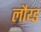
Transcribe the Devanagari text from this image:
लौय्ड